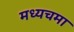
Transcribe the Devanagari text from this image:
मध्यचमा